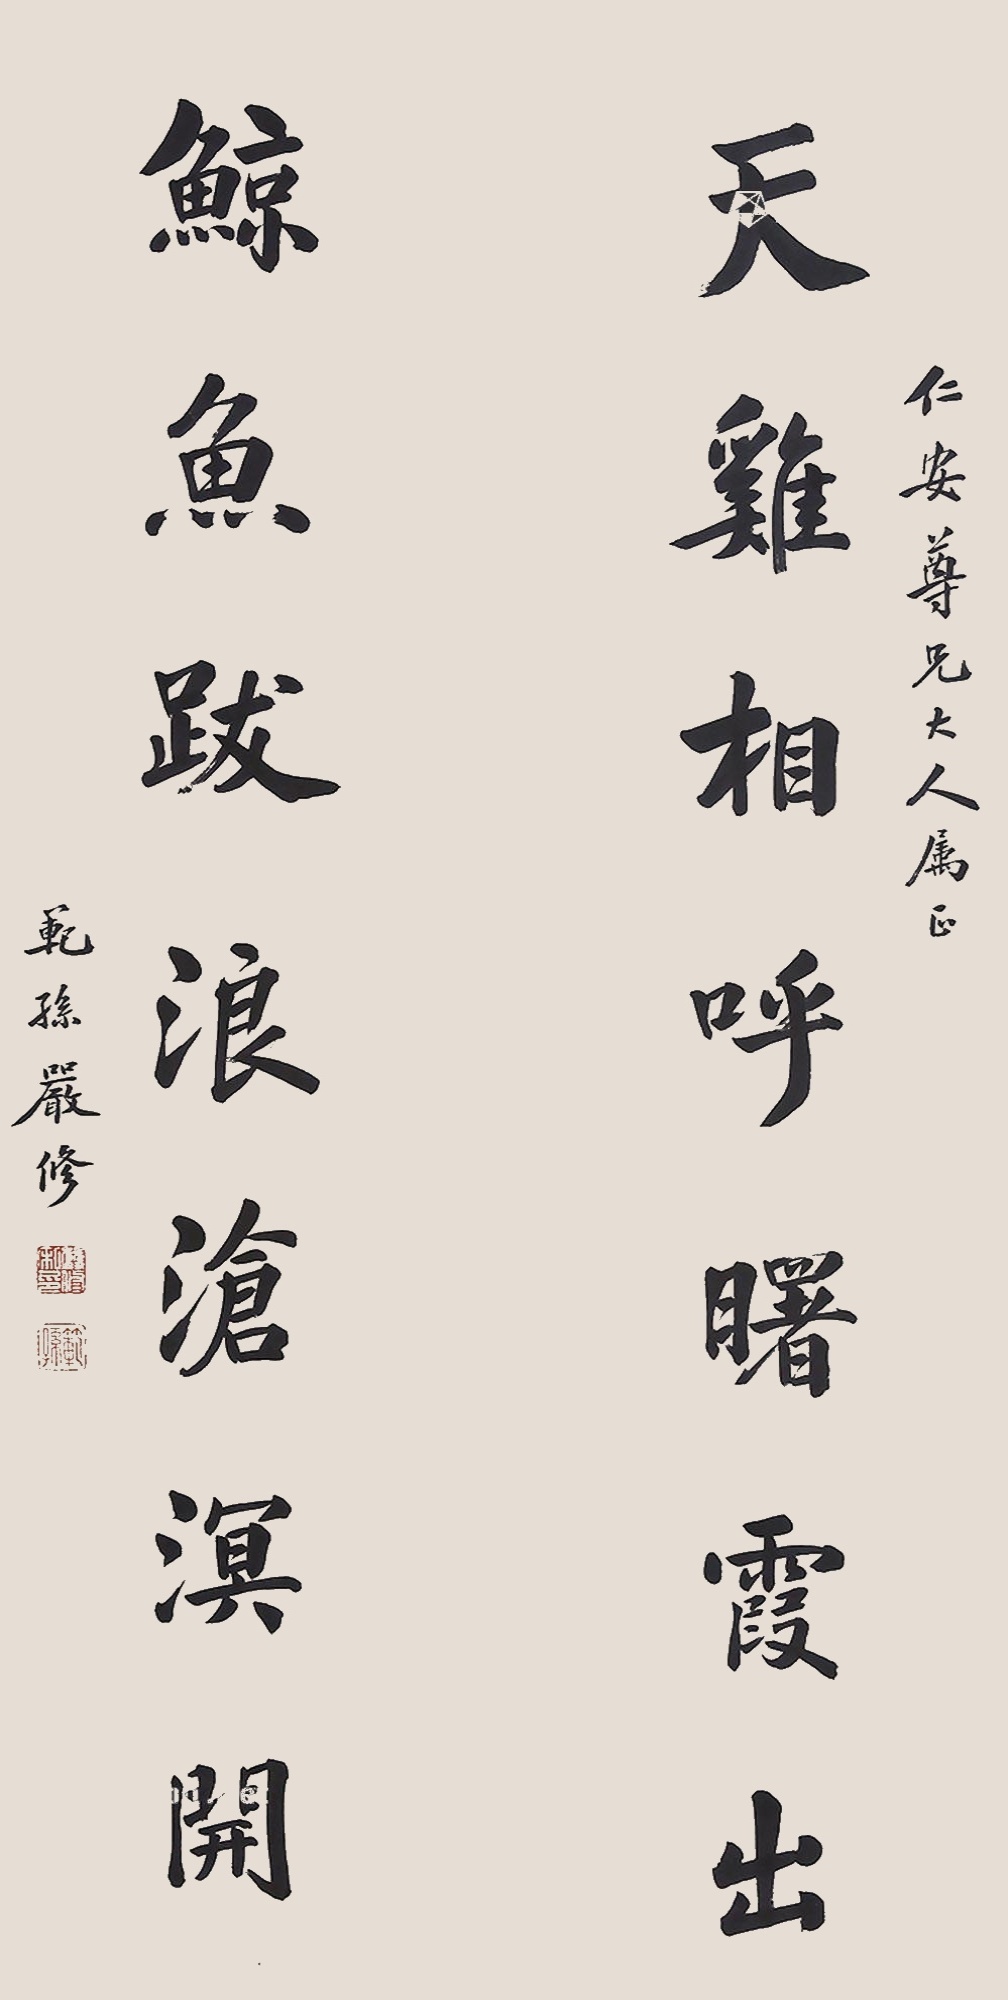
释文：天鸡相呼曙霞出，鲸鱼跋浪沧溟开仁安尊兄大人属正范孙严修